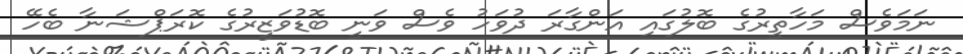
ނަމަވެސް މަހާތީރުގެ ބޮލުގައި އަންގާރަ ދުވަހު ވެސް ވަނީ ބޮޑުވަޒީރުގެ ކޮރަޕްޝަނާ ބެހޭ